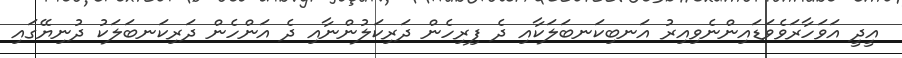
އީދީ އަވަހާރަވެވަޑައިންނެވިއިރު އަނބިކަނބަލަކާއި ދެ ފިރިހެން ދަރިކަލުންނާއި ދެ އަންހެން ދަރިކަނބަލަކު ދުނިޔޭގައި